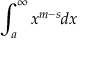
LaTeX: \int _ { a } ^ { \infty } x ^ { m - s } d x